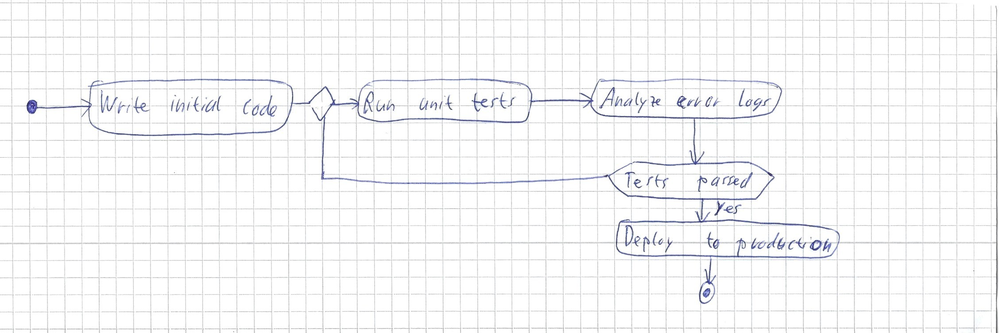
Diagram type: activity_diagram
```plantuml
@startuml

start

:Write initial code;

repeat
  :Run unit tests;
  :Analyze error logs;
repeat while (Tests passed) not (yes)

:Deploy to production;

stop

@enduml
```